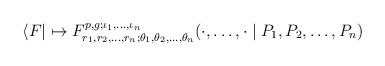
\begin{align*}\langle F|\mapsto F^{p,g;\iota_1,\dots,\iota_n}_{r_1,r_2,\dots,r_n; \theta_1,\theta_2,\dots,\theta_n} (\cdot,\dots,\cdot\mid P_1,P_2,\dots,P_n)\end{align*}